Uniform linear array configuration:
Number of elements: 16
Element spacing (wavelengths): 0.5
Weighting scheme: binomial
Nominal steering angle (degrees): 30
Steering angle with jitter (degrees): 28.631
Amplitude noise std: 0.05
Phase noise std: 0.05

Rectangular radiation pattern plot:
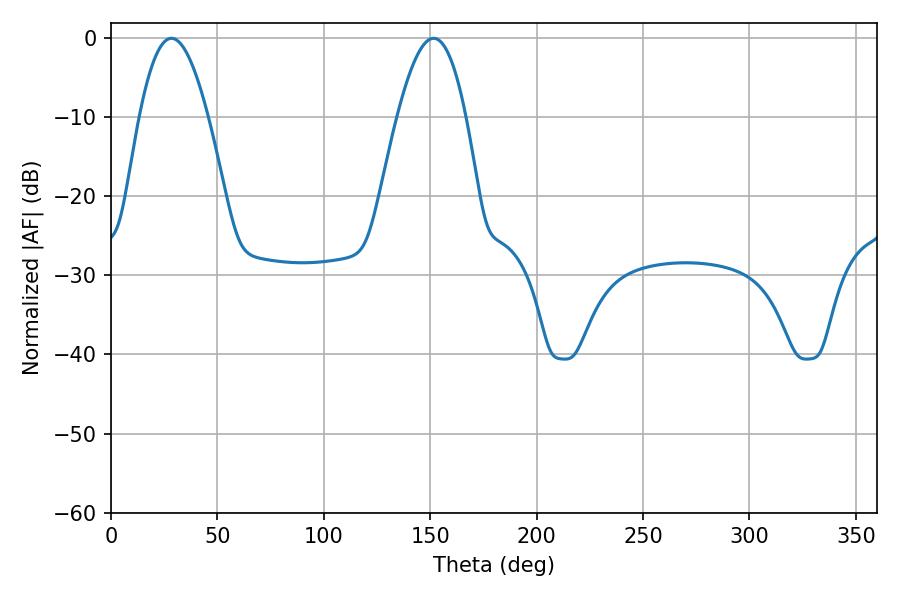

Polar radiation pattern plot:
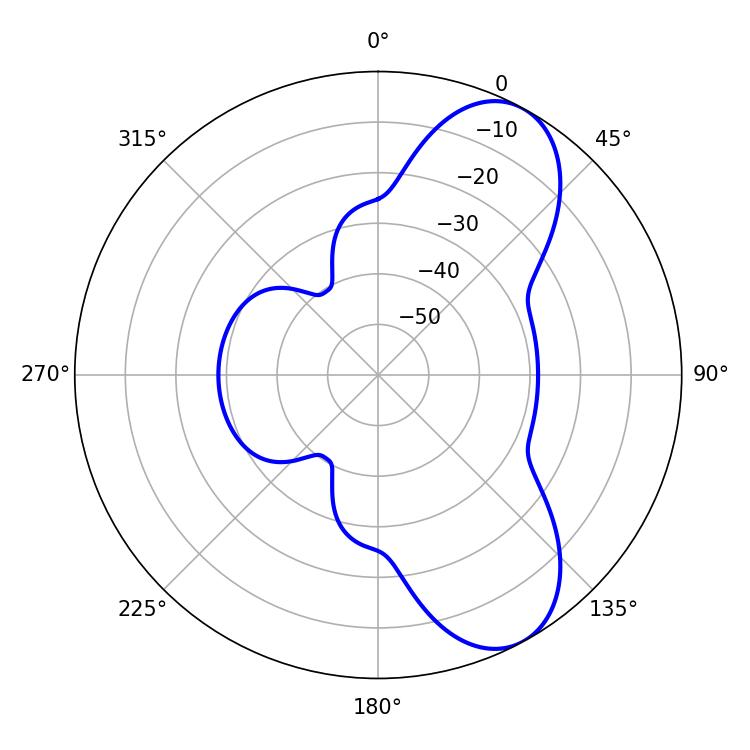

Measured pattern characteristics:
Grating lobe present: FALSE
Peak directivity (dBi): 7.967
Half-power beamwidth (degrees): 17.46
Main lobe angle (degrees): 28.44